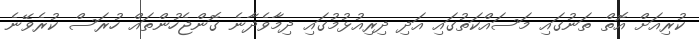
ކުރިއަށް އޮތް ތަނުގައި މަސައްކަތުގައި އަދި ދިރިއުޅުމުގައި ދިމާވެދާނެ ގޮންޖެހުންތައް ހުރަސް ކުރެވޭނެ